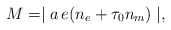
\begin{align*}M=\mid a\,e (n_{e}+ \tau_{0} n_{m}) \mid,\end{align*}